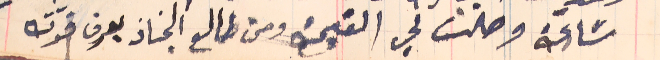
سَاعة وصلت لي القيمة ومن طالع الجناز يعرف قوته